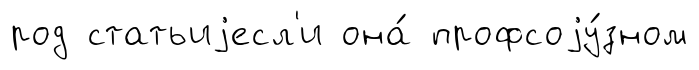
род статьиjесл'и она́ профсоjу́зном